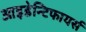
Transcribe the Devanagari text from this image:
आइडेन्टिफायर्स